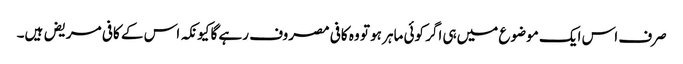
صرف اس ایک موضوع میں‌ہی اگر کوئی ماہر ہو تو وہ کافی مصروف رہے گا کیونکہ اس کے کافی مریض ہیں۔